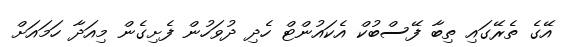
އޭގެ ތެރޭގައި ތިބާ ފޭސްބުކް އެކައުންޓް ހެދި ދުވަހުން ފެށިގެން މިއަދާ ހަމައަށް